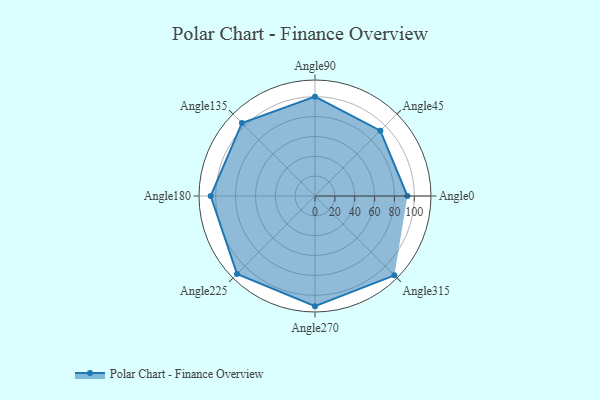
{"axis": {"x": "Angle", "y": "Radius"}, "legend": [""], "data": [{"x": "Angle0", "y": 93.0, "type": ""}, {"x": "Angle45", "y": 93.0, "type": ""}, {"x": "Angle90", "y": 100.0, "type": ""}, {"x": "Angle135", "y": 104.0, "type": ""}, {"x": "Angle180", "y": 105.0, "type": ""}, {"x": "Angle225", "y": 111.0, "type": ""}, {"x": "Angle270", "y": 111.0, "type": ""}, {"x": "Angle315", "y": 113.0, "type": ""}]}